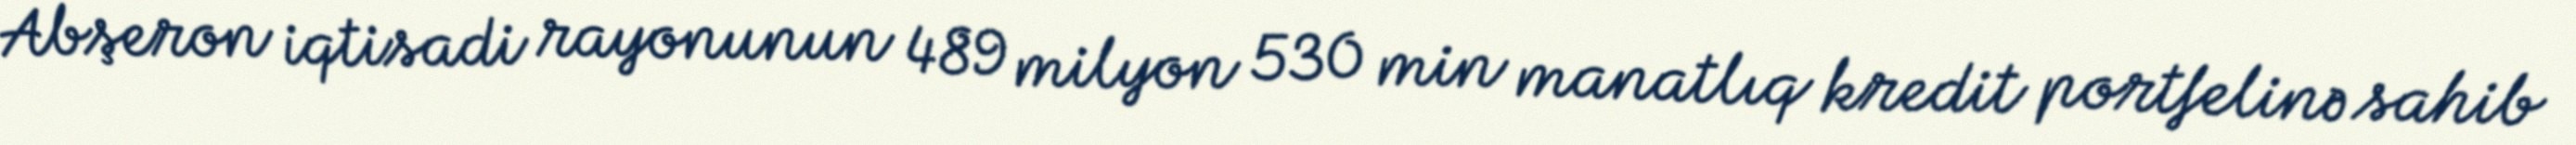
Abşeron iqtisadi rayonunun 489 milyon 530 min manatlıq kredit portfelinə sahib